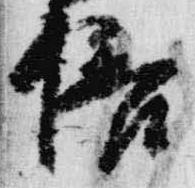
倍